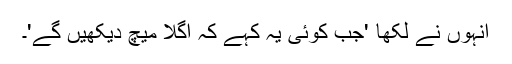
انہوں نے لکھا 'جب کوئی یہ کہے کہ اگلا میچ دیکھیں گے'۔